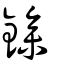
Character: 鏒